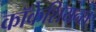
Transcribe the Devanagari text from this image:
कॉकेशियन्स